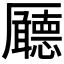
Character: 𠫊